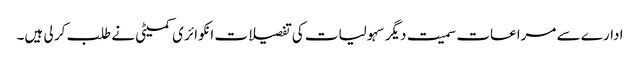
ادارے سے مراعات سمیت دیگر سہولیات کی تفصیلات انکوائر ی کمیٹی نے طلب کر لی ہیں۔